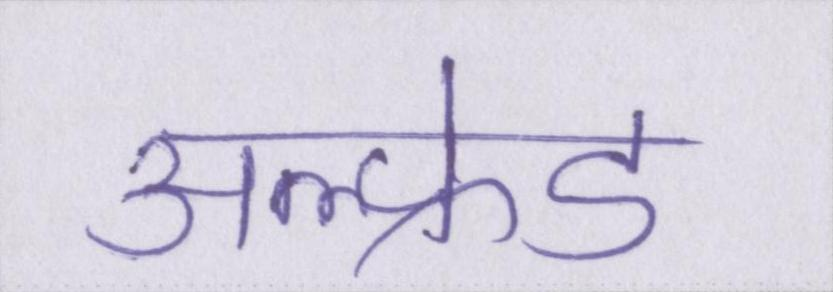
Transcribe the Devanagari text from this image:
अल्फ्रेड